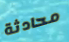
محادثة